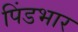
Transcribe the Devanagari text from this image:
पिंडभार